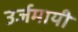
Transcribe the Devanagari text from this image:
उर्जमायी